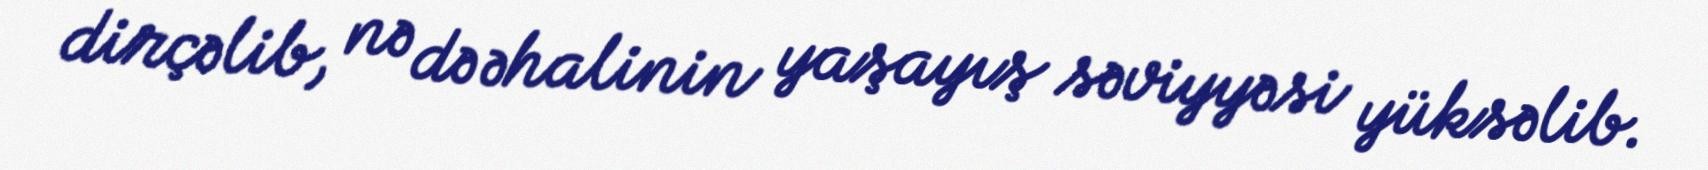
dirçəlib, nə də əhalinin yaşayış səviyyəsi yüksəlib.